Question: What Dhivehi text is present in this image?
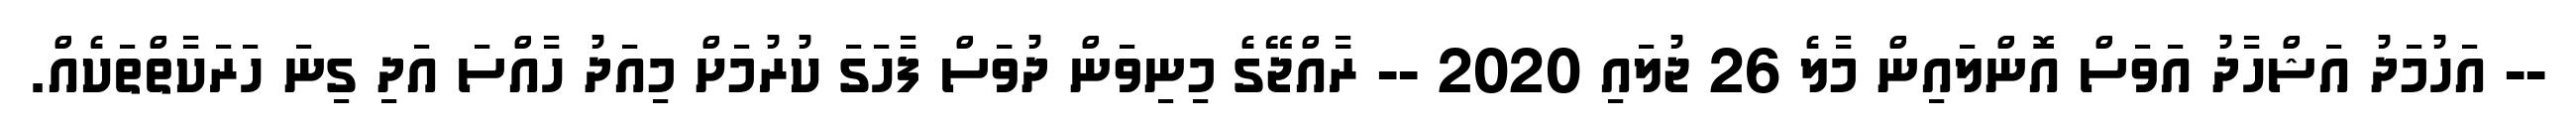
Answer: -- އަހުމަދު އަޝްހާދު އަވަސް އޮންލައިން މާލެ 26 ޖުލައި 2020 -- ރާއްޖޭގެ މިނިވަން ދުވަަސް ފާހަގަ ކުރުމަށް މިއަދު ހާއްސަ އަދި ގިނަ ހަރަކާތްތަކެއް.